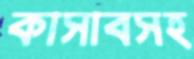
কাসাবসহ